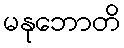
မနုဘောတိ